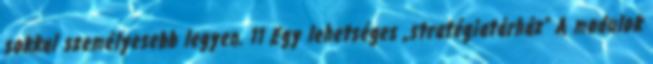
sokkal személyesebb legyen. 11 Egy lehetséges „stratégiatárház” A modulok